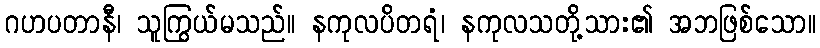
ဂဟပတာနီ၊ သူကြွယ်မသည်။ နကုလပိတရံ၊ နကုလသတို့သား၏ အဘဖြစ်သော။